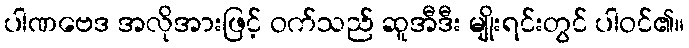
ပါဏဗေဒ အလိုအားဖြင့် ဝက်သည် ဆူအီဒီး မျိုးရင်းတွင် ပါဝင်၏။